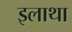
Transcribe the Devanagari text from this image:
इलाथा